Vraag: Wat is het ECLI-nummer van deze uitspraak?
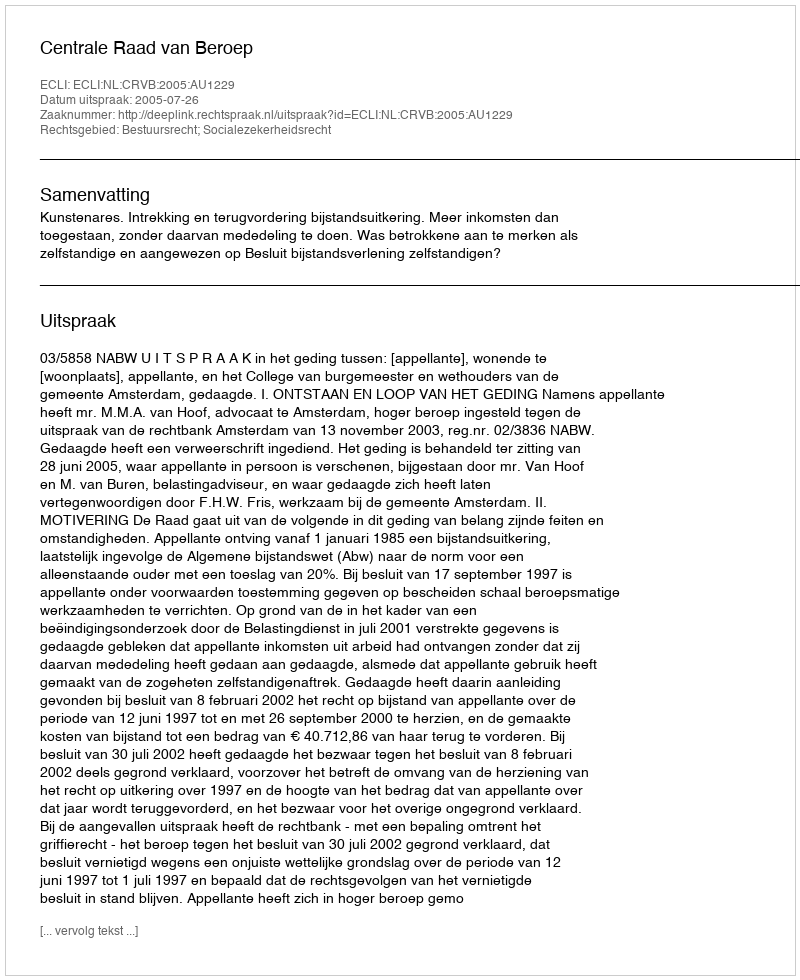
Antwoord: ECLI:NL:CRVB:2005:AU1229